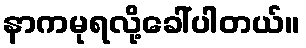
နာကမုရလို့ခေါ်ပါတယ်။